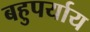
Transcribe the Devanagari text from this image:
बहुपर्याय